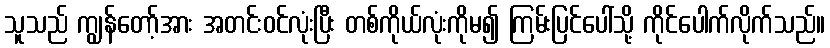
သူသည် ကျွန်တော့်အား အတင်းဝင်လုံးပြီး တစ်ကိုယ်လုံးကိုမ၍ ကြမ်းပြင်ပေါ်သို့ ကိုင်ပေါက်လိုက်သည်။